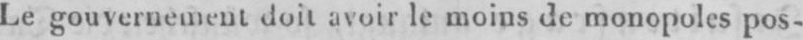
Legouvernement doit avoirle moins de monopoles pos-